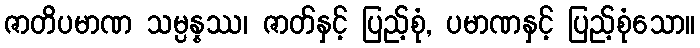
ဇာတိပမာဏ သမ္ပန္နဿ၊ ဇာတ်နှင့် ပြည့်စုံ, ပမာဏနှင့် ပြည့်စုံသော။